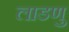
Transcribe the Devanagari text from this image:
लाडणु